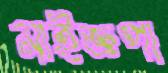
মাইজপা